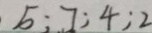
5 ; 7 ; 4 ; 2